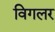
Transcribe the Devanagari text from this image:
विगलर